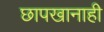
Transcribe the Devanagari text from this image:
छापखानाही